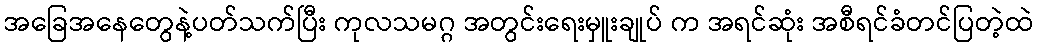
အခြေအနေတွေနဲ့ပတ်သက်ပြီး ကုလသမဂ္ဂ အတွင်းရေးမှူးချုပ် က အရင်ဆုံး အစီရင်ခံတင်ပြတဲ့ထဲ